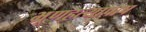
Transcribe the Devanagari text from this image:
भ्रूणहत्यापाप